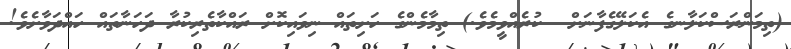
(ތިމަންރަސްކަލާނގެ އެކަލޭގެފާނަށް  ކުރެއްވީމެވެ.) ތިމާމެންގެ ހަށިތައް ނިވައިކޮށް ރައްކާތެރިކުރާ ދަހަނާތައް ހައްދަވާށެވެ!